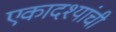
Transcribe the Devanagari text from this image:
एकादश्यांची